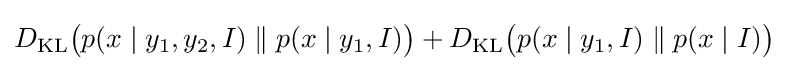
D_{\text{KL}}{\big (}p(x\mid y_{1},y_{2},I)\parallel p(x\mid y_{1},I){\big )}+D_{\text{KL}}{\big (}p(x\mid y_{1},I)\parallel p(x\mid I){\big )}